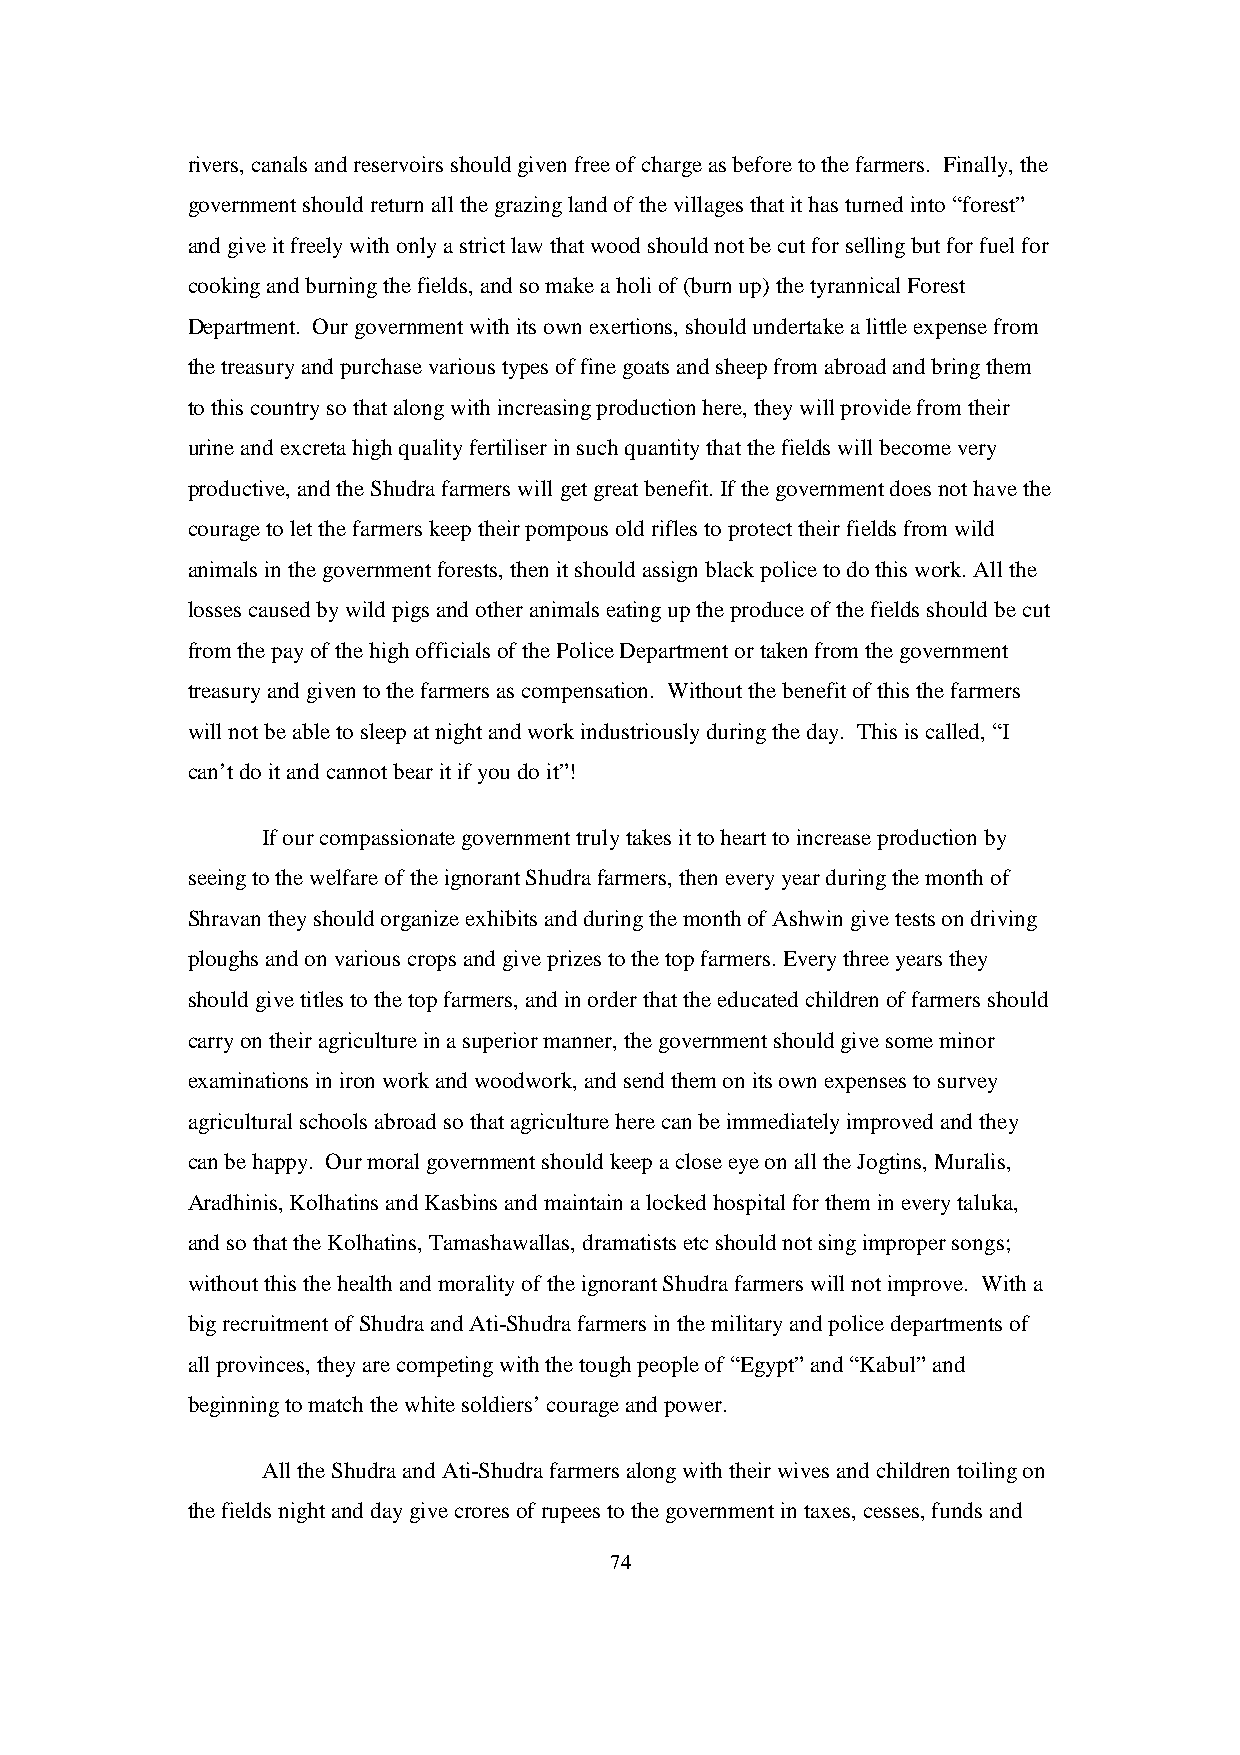
rivers, canals and reservoirs should given free of charge as before to the farmers. Finally, the
 government should return all the grazing land of the villages that it has turned into “forest”
 and give it freely with only a strict law that wood should not be cut for selling but for fuel for
 cooking and burning the fields, and so make a holi of (burn up) the tyrannical Forest
 Department. Our government with its own exertions, should undertake a little expense from
 the treasury and purchase various types of fine goats and sheep from abroad and bring them
 to this country so that along with increasing production here, they will provide from their
 urine and excreta high quality fertiliser in such quantity that the fields will become very
 productive, and the Shudra farmers will get great benefit. If the government does not have the
 courage to let the farmers keep their pompous old rifles to protect their fields from wild
 animals in the government forests, then it should assign black police to do this work. All the
 losses caused by wild pigs and other animals eating up the produce of the fields should be cut
 from the pay of the high officials of the Police Department or taken from the government
 treasury and given to the farmers as compensation. Without the benefit of this the farmers
 will not be able to sleep at night and work industriously during the day. This is called, “I
 can’t do it and cannot bear it if you do it”!
 If our compassionate government truly takes it to heart to increase production by
 seeing to the welfare of the ignorant Shudra farmers, then every year during the month of
 Shravan they should organize exhibits and during the month of Ashwin give tests on driving
 ploughs and on various crops and give prizes to the top farmers. Every three years they
 should give titles to the top farmers, and in order that the educated children of farmers should
 carry on their agriculture in a superior manner, the government should give some minor
 examinations in iron work and woodwork, and send them on its own expenses to survey
 agricultural schools abroad so that agriculture here can be immediately improved and they
 can be happy. Our moral government should keep a close eye on all the Jogtins, Muralis,
 Aradhinis, Kolhatins and Kasbins and maintain a locked hospital for them in every taluka,
 and so that the Kolhatins, Tamashawallas, dramatists etc should not sing improper songs;
 without this the health and morality of the ignorant Shudra farmers will not improve. With a
 big recruitment of Shudra and Ati-Shudra farmers in the military and police departments of
 all provinces, they are competing with the tough people of “Egypt” and “Kabul” and
 beginning to match the white soldiers’ courage and power.
 All the Shudra and Ati-Shudra farmers along with their wives and children toiling on
 the fields night and day give crores of rupees to the government in taxes, cesses, funds and
 74